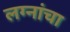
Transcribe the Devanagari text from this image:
लग्नांचा